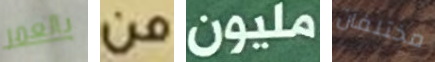
بالعمر من مليون مختلفان